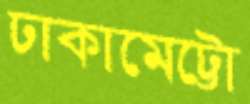
ঢাকামেট্টো